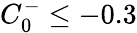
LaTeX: C_{0}^{-}\le-0.3